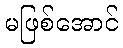
မဖြစ်အောင်